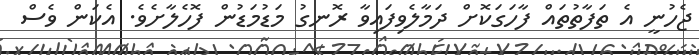
ޖެހުނީ އެ ތަފާތުތައް ފާހަގަކޮށް ދަމާލެވިފައިވާ ރޮނގު މަޑުމަޑުން ފޮހެލާށެވެ. އެކަން ވެސް